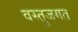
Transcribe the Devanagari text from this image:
वस्तुजगत